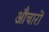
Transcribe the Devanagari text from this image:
औचारों